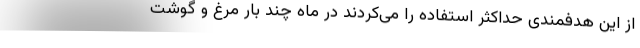
از این هدفمندی حداکثر استفاده را می‌کردند در ماه چند بار مرغ و گوشت